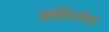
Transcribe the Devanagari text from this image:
व्हॉईसरॉयचे